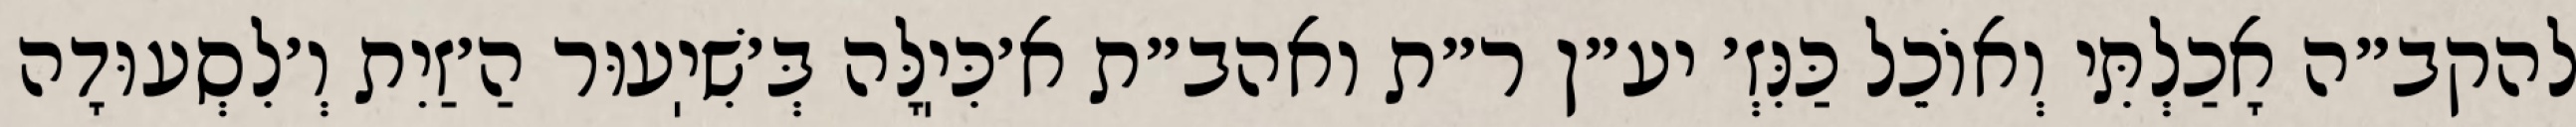
להקב״ה אָכַלְתִּי וְאוֹכֵל כַּנִּזְ׳ יע״ן ר״ת ואהב״ת א׳כִּיֽלָּה בְּ׳שִׁיֽעוּר הַ׳זַיִת וְ׳לִסְעוּדָה